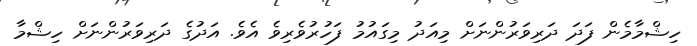
ހިޝްމާމެން ފަދަ ދަރިވަރުންނަށް މިއަދު މިގައުމު ފަހުރުވެރިވެ އެވެ. އަދުގެ ދަރިވަރުންނަށް ހިޝްމާ